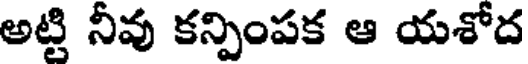
అట్టి నీవు కన్పింపక ఆ యశోద